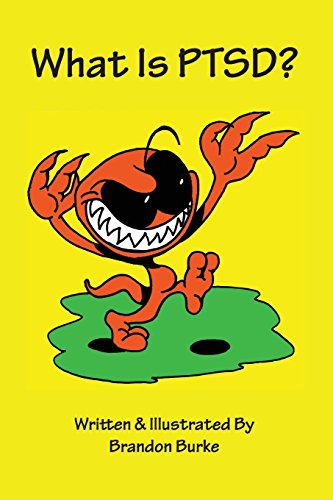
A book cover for What Is Ptsd?; Brandon Burke; Parenting & Relationships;